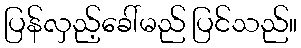
ပြန်လှည့်ခေါ်မည် ပြင်သည်။